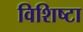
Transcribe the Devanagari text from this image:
विशिष्टा